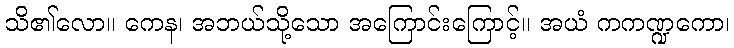
သိ၏လော။ ကေန၊ အဘယ်သို့သော အကြောင်းကြောင့်။ အယံ ကကဏ္ဍကော၊